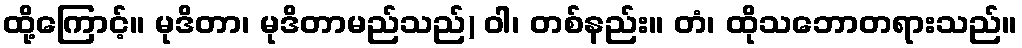
ထို့ကြောင့်။ မုဒိတာ၊ မုဒိတာမည်သည်) ဝါ၊ တစ်နည်း။ တံ၊ ထိုသဘောတရားသည်။